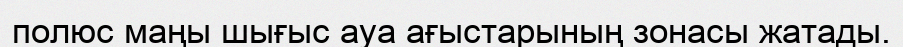
полюс маңы шығыс ауа ағыстарының зонасы жатады.